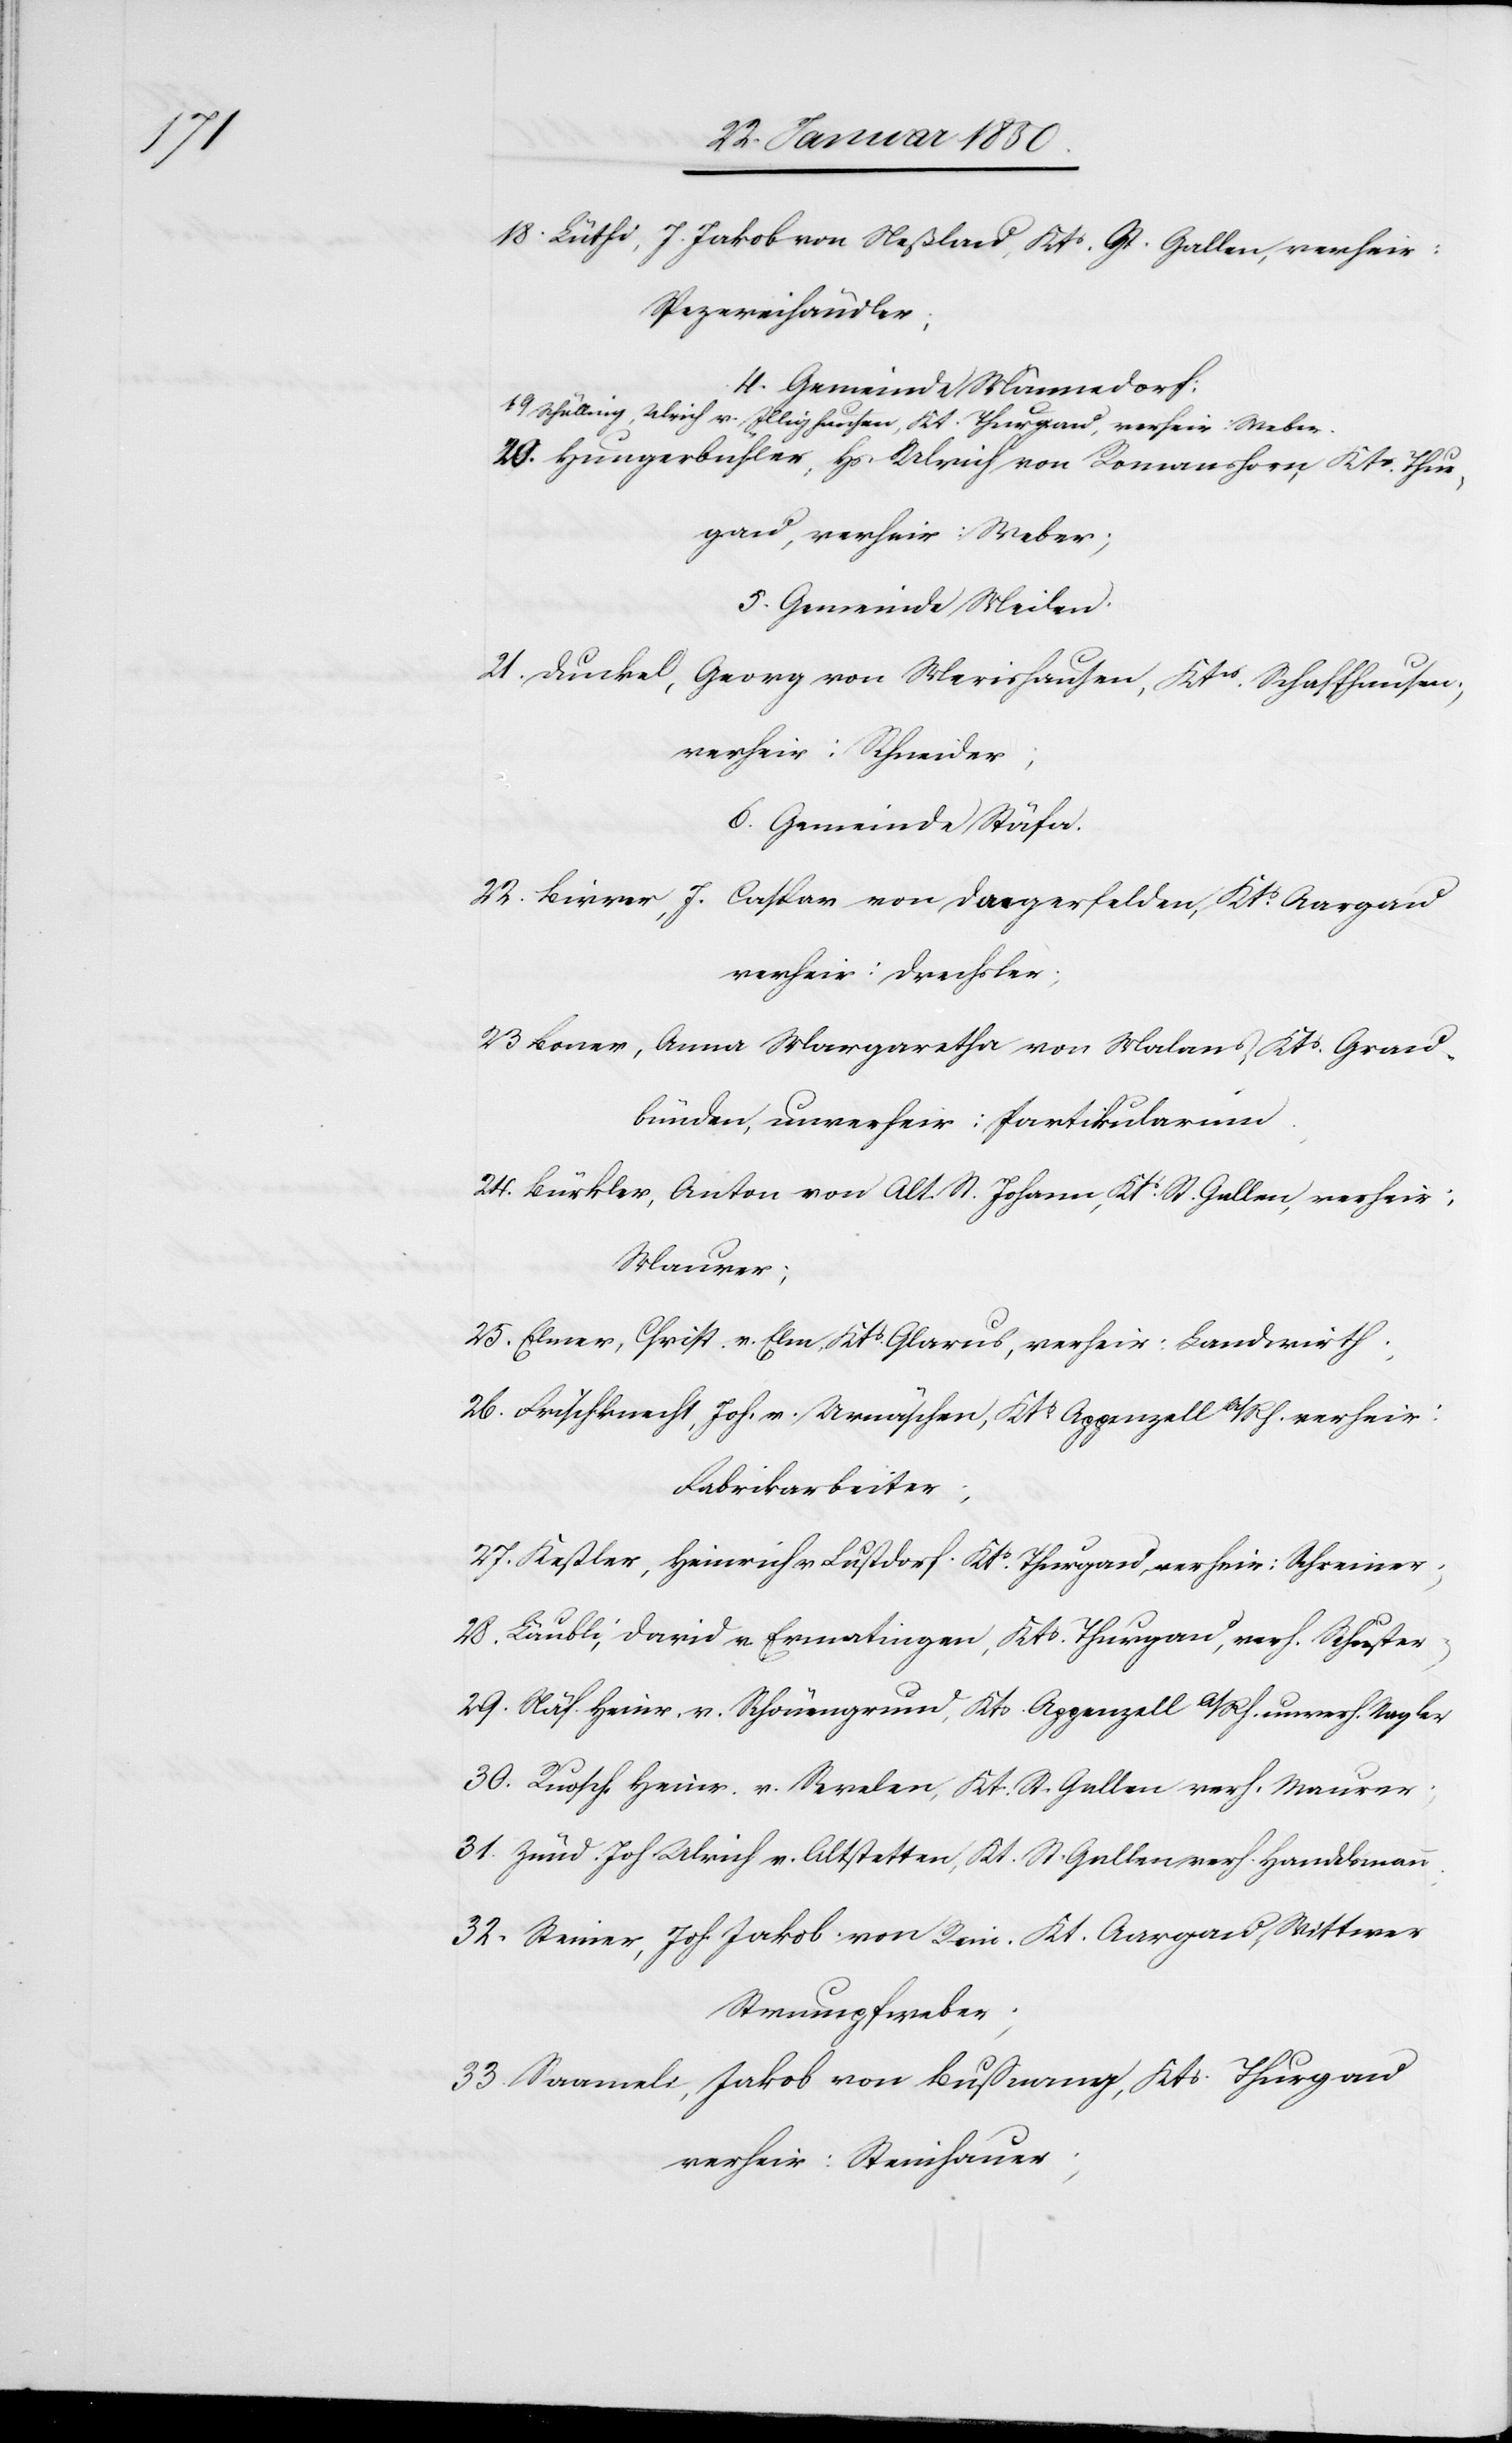
18. Lüthi, J. Jakob von Neßlau, Kts. St. Gallen, verheir:
Spezereihändler;
4. Gemeinde Männedorf:
19 Schülling, Ulrich v. Illighausen, Kt. Thurgau, verheir: Weber.
20. Hungerbühler, Hs. Ulrich von Romanshorn, Kts Thur¬
gau, verheir: Weber;
5. Gemeinde Meilen.
21. Duckel, Georg von Merishausen, Ktns Schaffhausen;
verheir: Schneider;
6. Gemeinde Stäfa.
22. Birrer, J. Caspar von Daegerfelden, Kts. Aargau
verheir: Drechsler;
23 Boner, Anna Margaretha von Malans, Kts. Grau¬
bünden, unverheir: Partikularinn
24. Bürkler, Anton von Alt St. Johann, Kts St. Gallen, verheir;
Maurer;
25. Elmer, Christ. v. Elm Kts Glarus, verheir: Landwirth;
26. Frischknecht, Joh. v. Urnäschen, Kts Appenzell A/Rh. verheir:
Fabrikarbeiter;
27. Keßler, Heinrich v. Lustdorf Kts. Thurgau, verheir: Schreiner;
28. Läubli, David v. Ermatingen, Kts Thurgau, verh. Schuster;
29. Näf Heinr. v. Schönengrund, Kts. Appenzell A/Rh. unverh. Nagler
30. Ruosch Heinr. v. Serelen, Kt. St. Gallen verh. Maurer;
31. Zünd. Joh. Ulrich v. Altstetten, Kt. St. Gallen verh. Handelsmann;
32. Steiner, Joh. Jakob von Rein. Kt. Aargau, Wittwer
Strumpfweber;
33. Saameli, Jakob von Bußnang, Kts. Thurgau
verheir: Steinhauer;